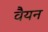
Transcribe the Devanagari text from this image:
वैयन